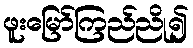
ဖူးမြော်ကြည်ညို၍